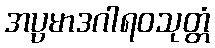
အပ္ပမာဒဂါရဝသုတ္တံ